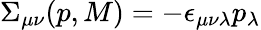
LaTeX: \Sigma_{\mu\nu}(p,M)=-\epsilon_{\mu\nu\lambda}p_{\lambda}